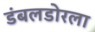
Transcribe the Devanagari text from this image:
डंबलडोरला